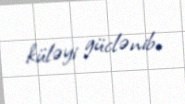
küləyi güclənib.